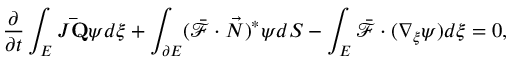
\frac { \partial } { \partial t } \int _ { E } J \mathbf { \bar { Q } } \psi d \xi + \int _ { \partial E } ( \bar { \mathcal { F } } \cdot \vec { N } ) ^ { * } \psi d S - \int _ { E } \bar { \mathcal { F } } \cdot ( \nabla _ { \xi } \psi ) d \xi = 0 ,